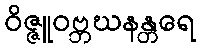
ဝိဇ္ဇူဝဗ္ဘဃနန္တရေ